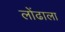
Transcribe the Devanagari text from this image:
लोंढाला